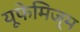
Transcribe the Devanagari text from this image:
यूफेमिज्म